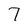
Character: 7